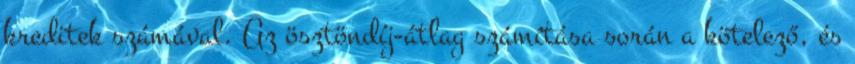
kreditek számával. Az ösztöndíj-átlag számítása során a kötelező, és